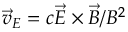
\vec { v } _ { E } = c \vec { E } \times \vec { B } / B ^ { 2 }